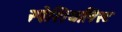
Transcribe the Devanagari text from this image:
स्पेशियलिस्ट